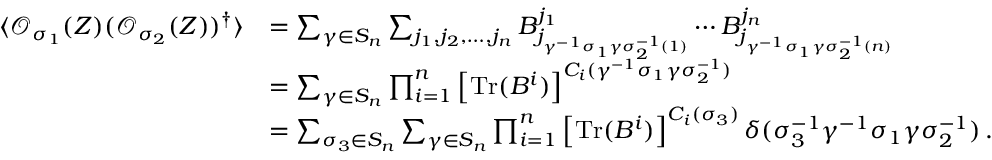
\begin{array} { r l } { \langle \mathcal { O } _ { \sigma _ { 1 } } ( Z ) ( \mathcal { O } _ { \sigma _ { 2 } } ( Z ) ) ^ { \dagger } \rangle } & { = \sum _ { \gamma \in S _ { n } } \sum _ { j _ { 1 } , j _ { 2 } , \dots , j _ { n } } B _ { j _ { \gamma ^ { - 1 } \sigma _ { 1 } \gamma \sigma _ { 2 } ^ { - 1 } ( 1 ) } } ^ { j _ { 1 } } \cdots B _ { j _ { \gamma ^ { - 1 } \sigma _ { 1 } \gamma \sigma _ { 2 } ^ { - 1 } ( n ) } } ^ { j _ { n } } } \\ & { = \sum _ { \gamma \in S _ { n } } \prod _ { i = 1 } ^ { n } \left[ \mathrm { T r } ( B ^ { i } ) \right] ^ { C _ { i } ( \gamma ^ { - 1 } \sigma _ { 1 } \gamma \sigma _ { 2 } ^ { - 1 } ) } } \\ & { = \sum _ { \sigma _ { 3 } \in S _ { n } } \sum _ { \gamma \in S _ { n } } \prod _ { i = 1 } ^ { n } \left[ \mathrm { T r } ( B ^ { i } ) \right] ^ { C _ { i } ( \sigma _ { 3 } ) } \delta ( \sigma _ { 3 } ^ { - 1 } \gamma ^ { - 1 } \sigma _ { 1 } \gamma \sigma _ { 2 } ^ { - 1 } ) \, . } \end{array}